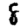
Digit: 8